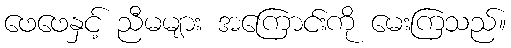
ဖေဖေနှင့် ညီမများ အကြောင်းကို မေးကြသည်။